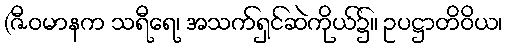
(ဇီဝမာနက သရီရေ၊ အသက်ရှင်ဆဲကိုယ်၌။ ဥပဋ္ဌာတိဝိယ၊